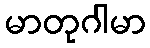
မာတုဂါမာ